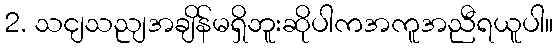
2. သငျသညျအချိန်မရှိဘူးဆိုပါကအကူအညီရယူပါ။